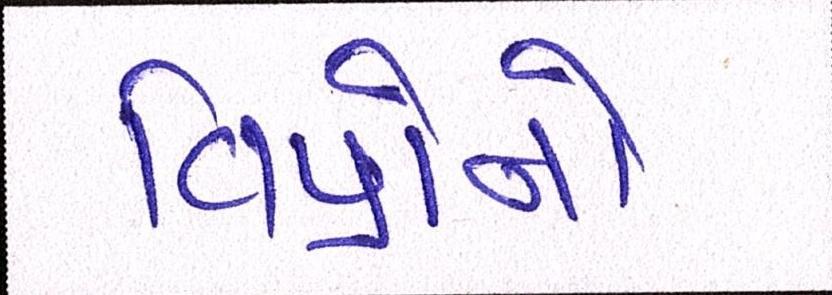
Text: વિપ્રોનો